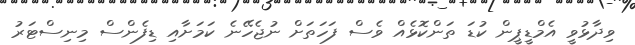
ވިދާޅުވީ އެމްޑީޕީން ކުޑަ ތަންކޮޅެއް ވެސް ފަހަތަށް ނުޖެހޭނެ ކަމަށާއި ޑިފެންސް މިނިސްޓަރު